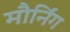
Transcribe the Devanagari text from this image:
मौर्निंग